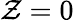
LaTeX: \mathcal{Z}=0